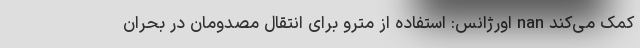
کمک می‌کند nan اورژانس: استفاده از مترو برای انتقال مصدومان در بحران